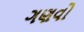
ગણવો